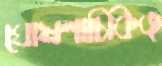
ঘোষণাচিকিত্